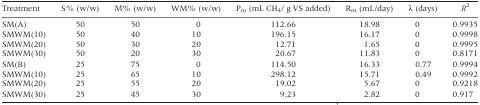
| Treatment | S% (w/w) | M% (w/w) | WM% (w/w) | Pm (mL CH4/ g VS added) | Rm (mL/day) | λ (days) | R2 |
 | --- | --- | --- | --- | --- | --- | --- | --- |
 | SM(A) | 50 | 50 | 0 | 112.66 | 18.98 | 0 | 0.9935 |
 | SMWM(10) | 50 | 40 | 10 | 196.15 | 16.17 | 0 | 0.9998 |
 | SMWM(20) | 50 | 30 | 20 | 12.71 | 1.65 | 0 | 0.9995 |
 | SMWM(30) | 50 | 20 | 30 | 20.67 | 11.83 | 0 | 0.8171 |
 | SM(B) | 25 | 75 | 0 | 114.50 | 16.33 | 0.77 | 0.9994 |
 | SMWM(10) | 25 | 65 | 10 | 298.12 | 15.71 | 0.49 | 0.9992 |
 | SMWM(20) | 25 | 55 | 20 | 19.02 | 5.67 | 0 | 0.9218 |
 | SMWM(30) | 25 | 45 | 30 | 9.23 | 2.82 | 0 | 0.917 |